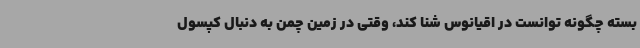
بسته چگونه توانست در اقیانوس شنا کند، وقتی در زمین چمن به دنبال کپسول